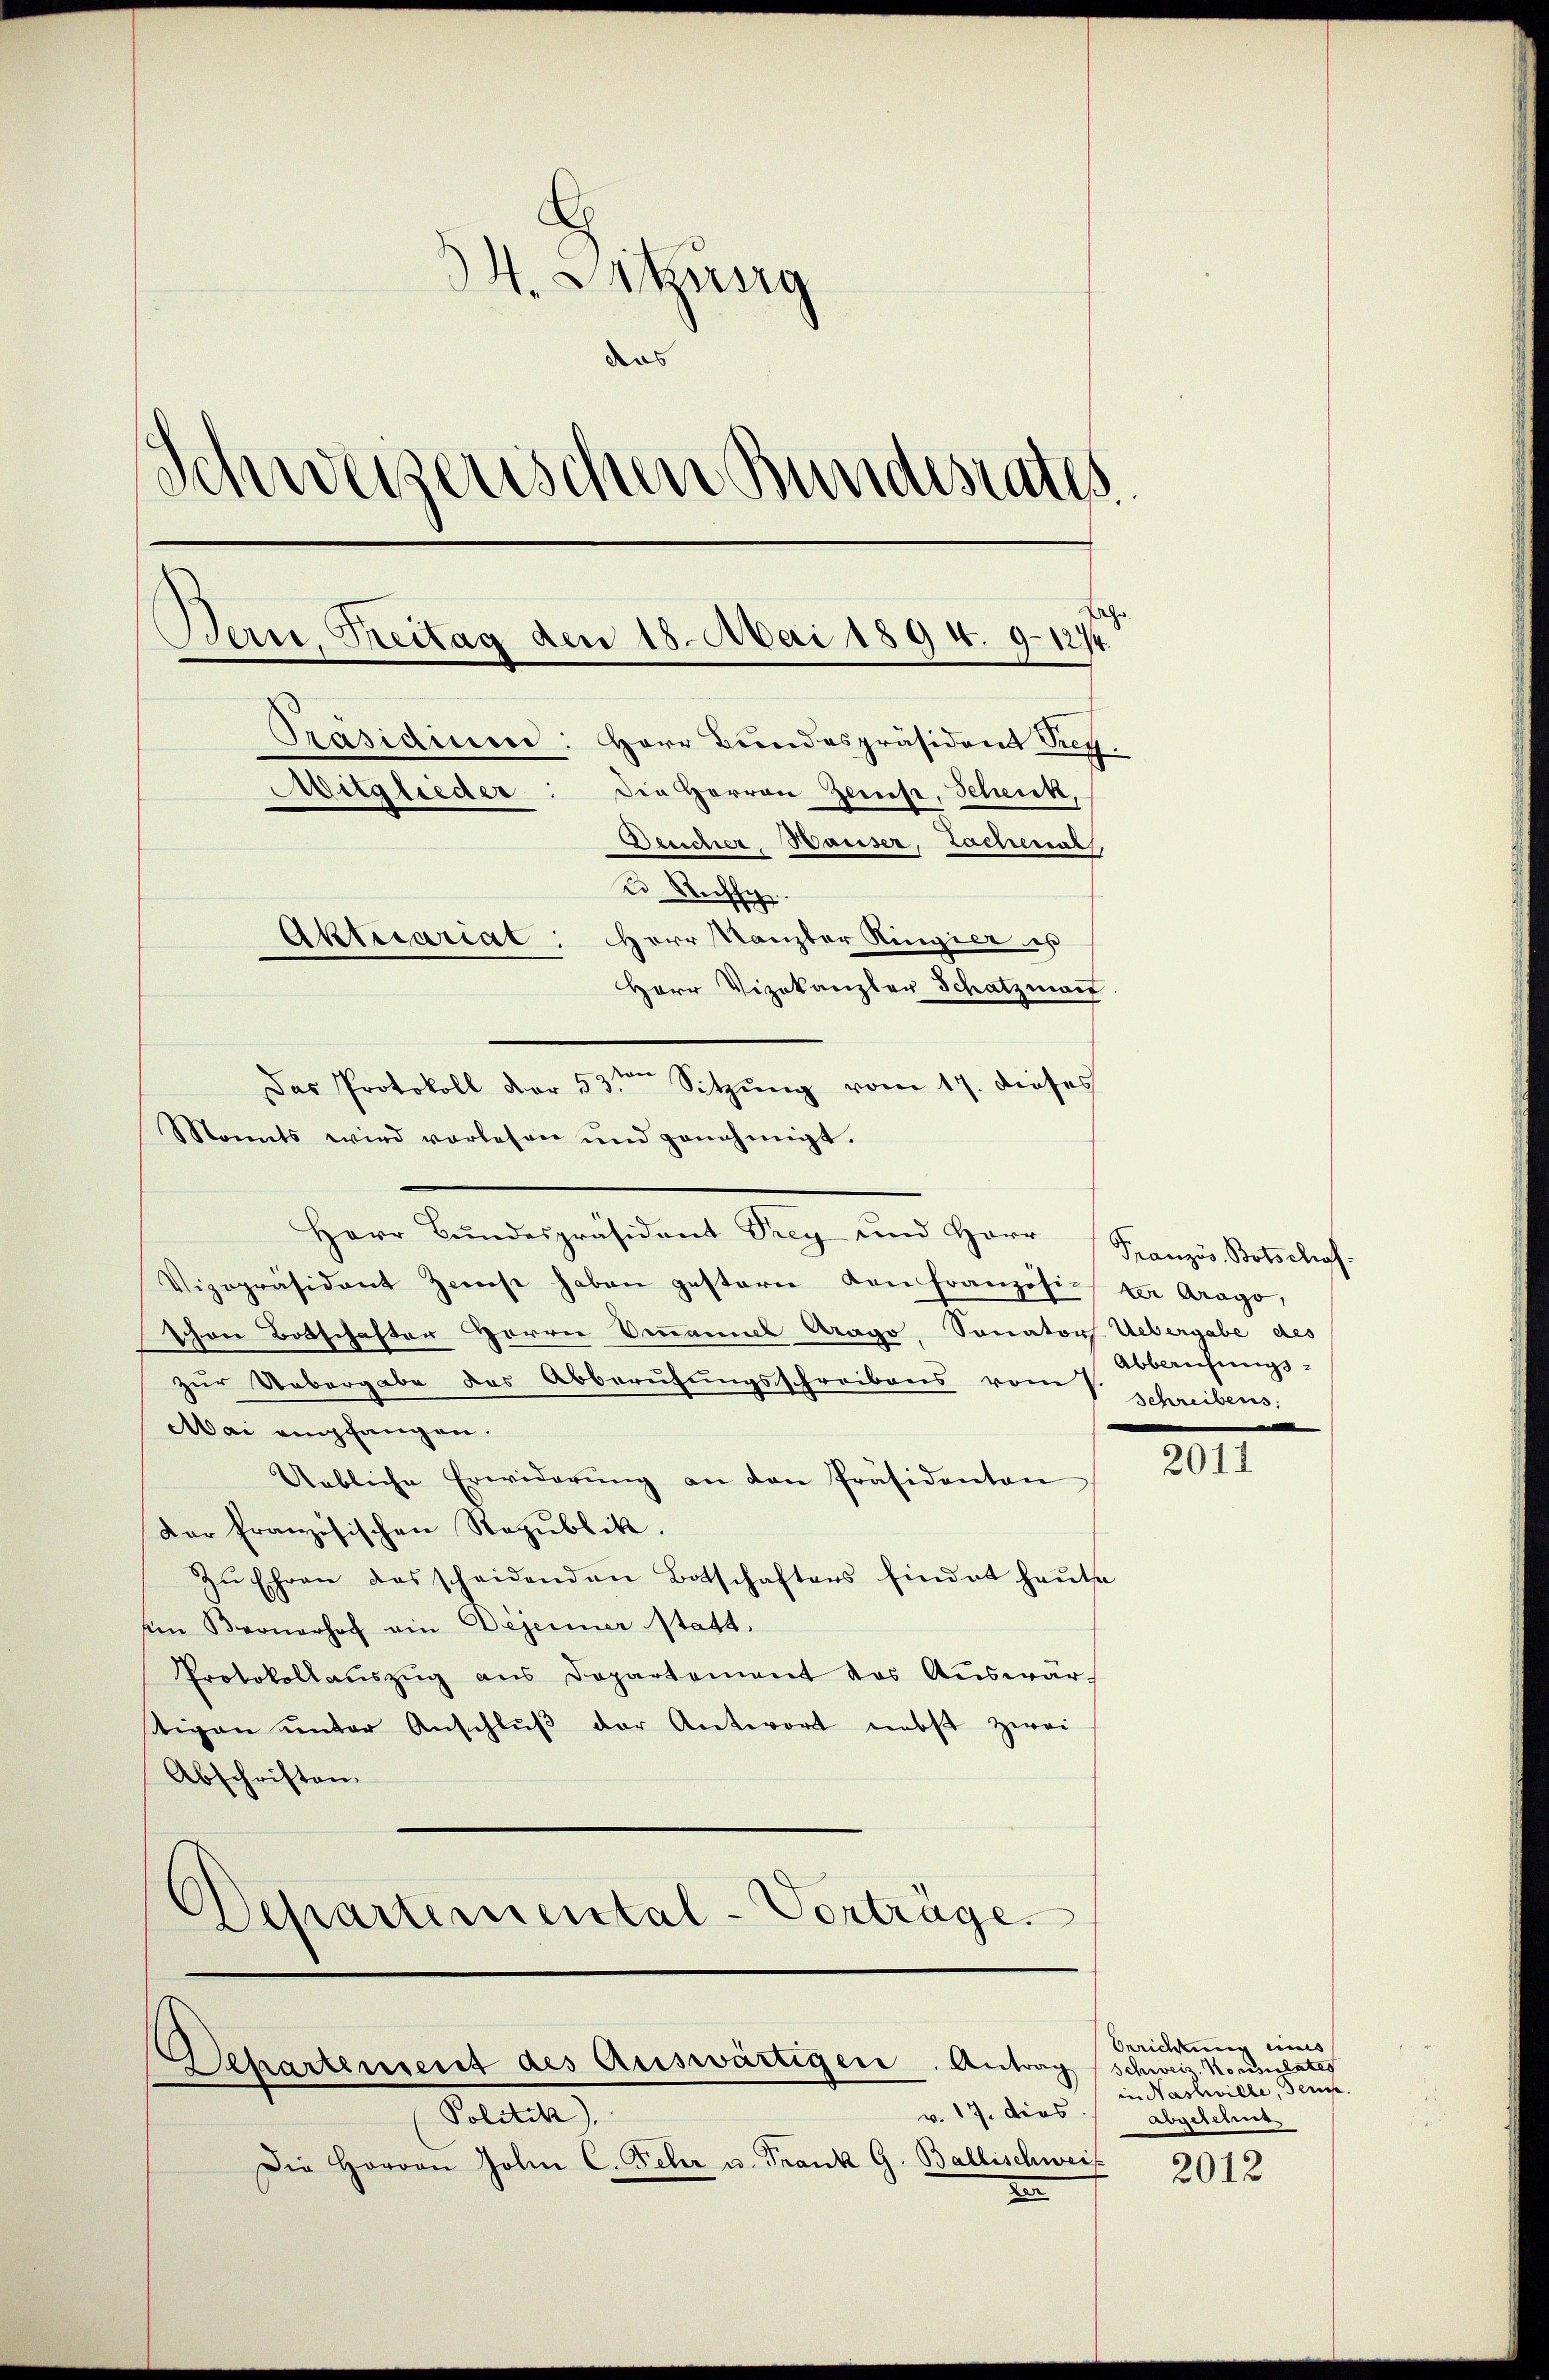
.
34. Sitzung
das
Schweizerischen Bundestatis
Bern, Freitag den 18. Mai 1894. 9. 1274.
Präsidiuen: Herr Bundespräsident Pey.
Mitglieder
Die Herren Zers, Schenk,
Desicher Hauser, Lochenals,
u. Rechsch
Aktuariat: Herr Kanzler Ringier es
Herr Vizekanzler Schatzman

Das Protokoll der 53ten Sitzung vom 17. dieses
Monats wird vorlesen und genehmigt.
Herr Bŭndespräsident Sieg und Herr Französ. Botschof.

Vizepräsident Zinst haben gestern den französister Arago,
Schon Botschafter Herrn Donnannes Arago Sonators Uebergabe des
zur Uebergabe das Abberufungsschreibens vom V. Schreibens.
Mai empfangen.
Uebliche Erwiderŭng an den Präsidenten
Der französischen Republik.
Zŭ Ehren des scheidenden Botschaftens findet heute
Ein Bernerhof ein Deserner statt,
Protokollauszug aus Departement das Auswärttigen ŭnter Anschlŭβ der Antwort nebst zwei
Abschriften.
Departemental-Vorträge.

Sehartement des Auswärtigen. Antrag (schweis Normaters

Politik).
Die Herren Zolnn C. Fehr u. Frank G. Ballischweis
d

Abberufungs¬

2011

Berichtung eines
in Hasliville, dems
v. 17. dies abgelehnt

2012